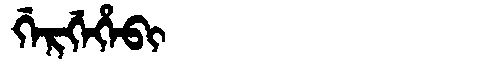
Manchu: ᡤᡝᡵᡤᡝᡥᡝᠪᡳ
Romanization: GERGEHEBI